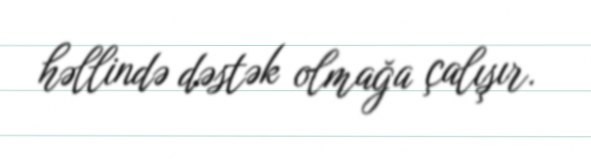
həllində dəstək olmağa çalışır.